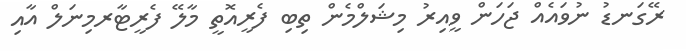
ރޭގަނޑު ނުވައެއް ޖަހަން ވީއިރު މިޝަލްމެން ތިބި ފެރީއޮތީ މާލޭ ފެރީޓާރމިނަލް އާއި